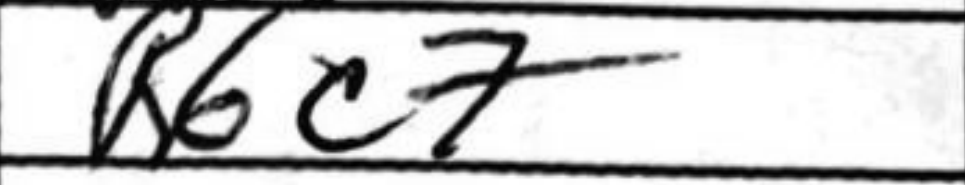
Transcription: Rbc7